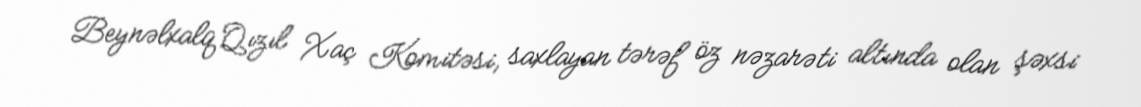
Beynəlxalq Qızıl Xaç Komitəsi, saxlayan tərəf öz nəzarəti altında olan şəxsi